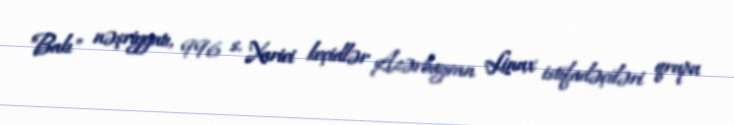
"Bakı" nəşriyyatı, 996 s. Xarici keçidlər Azərbaycan Linux istifadəçiləri qrupu